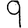
Digit: 9